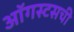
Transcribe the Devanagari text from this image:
ऑगस्टसची